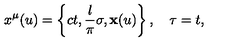
x ^ { \mu } ( u ) = \left\{ c t , \frac { l } { \pi } \sigma , { \bf x } ( u ) \right\} , \quad \tau = t ,